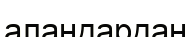
аландардан